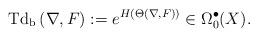
LaTeX: \begin{align*} \mathrm{Td_b\,}(\nabla,F):=e^{H(\Theta(\nabla,F))}\in\Omega^\bullet_{0}(X).\end{align*}